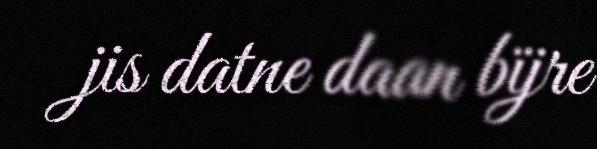
jis datne daan bïjre